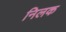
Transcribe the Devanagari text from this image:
निलक